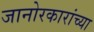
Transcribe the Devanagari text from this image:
जानोरकारांच्या